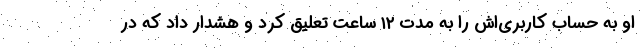
او به حساب کاربری‌اش را به مدت ۱۲ ساعت تعلیق کرد و هشدار داد که در